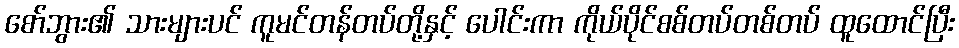
စော်ဘွား၏ သားများပင် ကူမင်တန်တပ်တို့နှင့် ပေါင်းကာ ကိုယ်ပိုင်စစ်တပ်တစ်တပ် ထူထောင်ပြီး